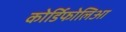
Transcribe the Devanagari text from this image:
कोर्डिफोलिआ